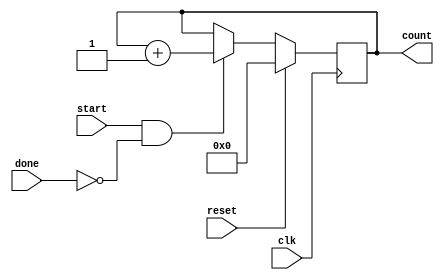
`timescale 1ns / 1ps
//////////////////////////////////////////////////////////////////////////////////
//	Alumnos:
//					 Ortmann, Nestor Javier
// 				 Trejo, Bruno Guillermo
// Year: 		 2018
// Module Name: TOP DI TUTTI TOP
//////////////////////////////////////////////////////////////////////////////////
module CLK_COUNTER
	 #(
        parameter len_counter = 8
    )
	 (
			input done,
			input start,
			input clk,
			input reset,
			
			output reg [len_counter-1:0]count=0 	//contador de clk
    );
	 
	 always @(negedge clk)
    begin
        if(reset)
        begin
          count = 0;
        end
        else if(start && ~done)
        begin
          count = count + 1;
        end
    end


endmodule